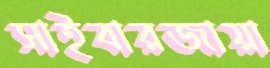
সাইবারজায়া